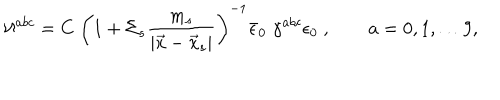
\aleph ^ { a b c } = C \; \left( 1 + \Sigma _ { s } { \frac { m _ { s } } { | \vec { x } - \vec { x } _ { s } | } } \right) ^ { - 1 } \bar { \epsilon } _ { 0 } \; \gamma ^ { a b c } \epsilon _ { 0 } \ , \qquad a = 0 , 1 , \dots 9 ,